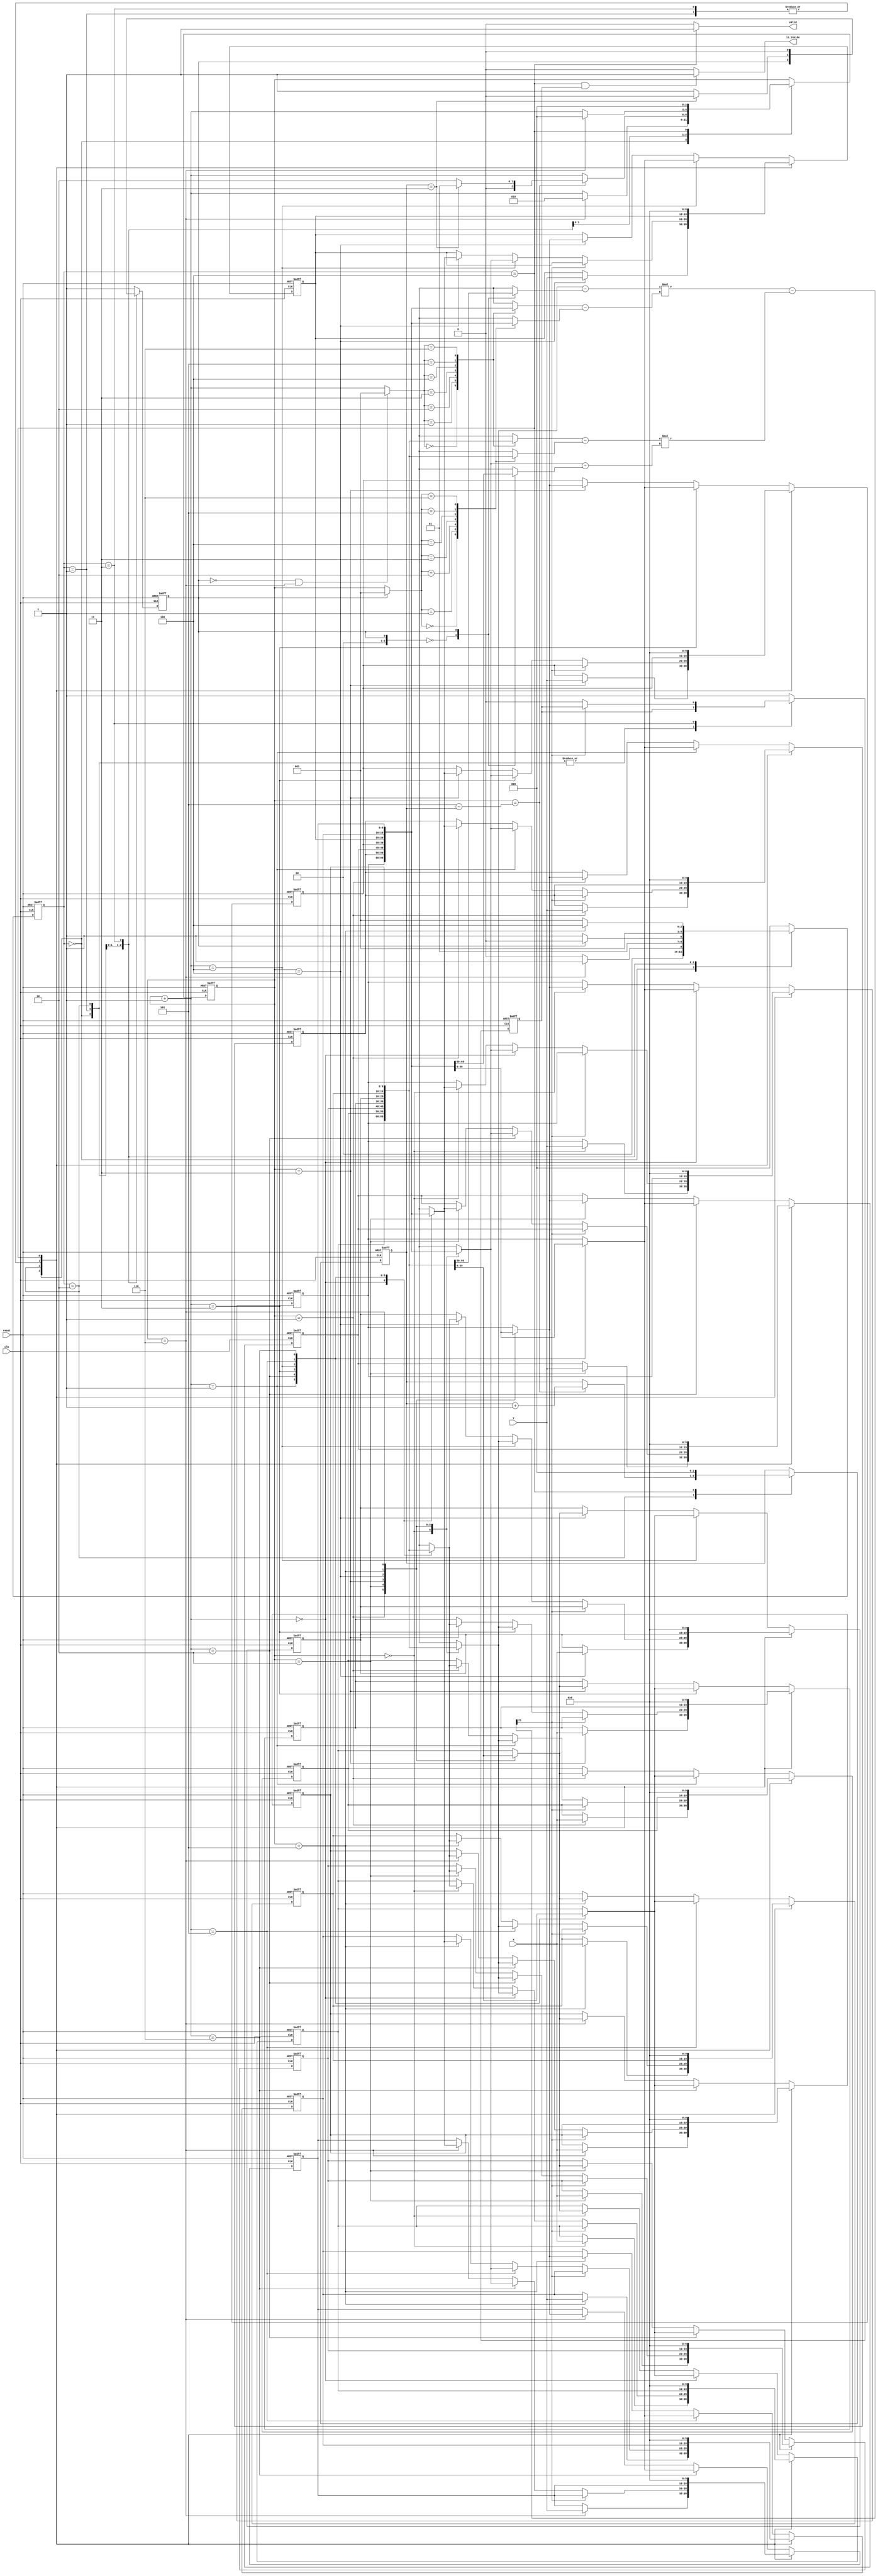
module geofence (clk,reset,X,Y,valid,is_inside);
input clk;
input reset;
input [9:0] X;
input [9:0] Y;
output valid;
output is_inside;

parameter DATA_IN 	= 0;
parameter CROSS		= 1;
parameter SORT 		= 2;
parameter COMPUTE 	= 3;
parameter DATA_OUT	= 4;

integer i;

reg [2:0] state, next_state;

reg [9:0] buffer_X [0:6];
reg [9:0] buffer_Y [0:6];
reg [2:0] addr;
wire[2:0] addr_b0;
wire[2:0] addr_b1;

reg [2:0] count; 	// for bubble sort count
reg result; 		// single bit do AND every cycle +. detect all 1's sequence

wire signed [10:0] vecter_AX;
wire signed [10:0] vecter_AY;
			 
wire signed [10:0] vecter_BX;
wire signed [10:0] vecter_BY;

wire signed [21:0] A_CROSS_B;

wire signed [20:0] product_A;
wire signed [20:0] product_B;

reg sort_flag;

//assign sort_flag = (state == SORT ||state == CROSS_1) ? 1'b1 : 1'b0; 	// 1 for sort root, 0 for compute
assign addr_b1   = (sort_flag == 1'b1) ? 3'b001 : addr;	// 1 for sort root, 0 for compute
assign addr_b0   = ((sort_flag == 1'b0)  && addr == 3'b110) ? 3'b001 : (addr + 3'b001); // for overflow case => addr : 6 <-> 1
// In the SORT stage, the root of sorted vectors fix to sort_flag=addr_b1=1

assign vecter_AX = buffer_X[addr] - buffer_X[sort_flag];
assign vecter_AY = buffer_Y[addr] - buffer_Y[sort_flag];

assign vecter_BX = buffer_X[addr_b0] - buffer_X[addr_b1];
assign vecter_BY = buffer_Y[addr_b0] - buffer_Y[addr_b1];

assign product_A = vecter_AX*vecter_BY;
assign product_B = vecter_BX*vecter_AY;

assign A_CROSS_B = product_A - product_B;

// FSM
always@(posedge clk or posedge reset) begin
	if(reset) begin
		state <= DATA_IN;
	end
	else begin
		state <= next_state;
	end
end

// next state logic
always@(*) begin
	case(state)  
		DATA_IN  : next_state = (addr  == 3'b110) ? CROSS  : DATA_IN;
		CROSS	 : next_state = (sort_flag == 1'b1) ? SORT : COMPUTE;
		SORT 	 : next_state = CROSS;
		COMPUTE  : next_state = (addr == 3'b101) ? DATA_OUT : CROSS;
		DATA_OUT : next_state = DATA_IN;
		default  : next_state = DATA_IN; 
	endcase
end

// design
always@(posedge clk or posedge reset) begin
	if(reset) begin
		addr    <= 3'b000;
		count  <= 3'b000;
		result <= 1'b1;
		sort_flag <= 1'b1;
		for(i=0 ; i<7 ; i=i+1) begin
			buffer_X[i] <= 10'd0;
			buffer_Y[i] <= 10'd0;
		end
	end
	else begin
		case(state)
			DATA_IN : begin
				addr <= (addr == 3'd6) ? 3'b010 : (addr + 3'b001);
				sort_flag <= 1'b1;
				buffer_X[addr] <= X;
				buffer_Y[addr] <= Y;
			end
			CROSS : begin
				// dealy one cycle
			end
			SORT : begin // bubble sort
				addr    <= (addr == 3'd5-count) ? ((count == 3'd3) ? 3'b001 : 3'b010) : (addr + 3'b001);
				sort_flag <= (count == 3'd3) ? 1'b0 : 1'b1;
				count <= (addr == 3'd5-count) ? (count + 3'b001) : count; 
				if(A_CROSS_B[21] == 1'b0) begin // Vector B is on the left hand side  => exchange
					buffer_X[addr] <= buffer_X[addr+3'd1];
					buffer_Y[addr] <= buffer_Y[addr+3'd1];
					
					buffer_X[addr+3'b001] <= buffer_X[addr];
					buffer_Y[addr+3'b001] <= buffer_Y[addr];
				end
			end
			COMPUTE : begin	
				sort_flag <= 1'b0;
				addr    <= (addr    == 3'b110) ? 3'b000 : (addr    + 3'b001);
				result  <= (A_CROSS_B[21] == 1'b1) ? (1'b1 & result) : (1'b0 & result);
			end
			DATA_OUT : begin
				addr    <= 3'b000;
				sort_flag <= 1'b1;
				count  <= 3'b000;
				result <= 1'b1;
				for(i=0 ; i<7 ; i=i+1) begin
					buffer_X[i] <= 10'd0;
					buffer_Y[i] <= 10'd0;
				end
			end
			default : begin
				addr   <= addr;
				sort_flag <= 1'b1;
				count  <= count;
				result <= 1'b1;
				buffer_X[addr] <= buffer_X[addr];
				buffer_Y[addr] <= buffer_Y[addr];
				buffer_X[addr+3'b001] <= buffer_X[addr+3'b001];
				buffer_Y[addr+3'b001] <= buffer_Y[addr+3'b001];
			end
		endcase
	end
end

// output
assign valid     = (state == DATA_OUT) ? 1'b1 : 1'b0;
assign is_inside = (state == DATA_OUT) && (result == 1'b1) ? 1'b1 : 1'b0;

endmodule